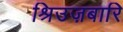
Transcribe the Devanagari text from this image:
श्रिउज़बारि